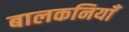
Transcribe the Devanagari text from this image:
बालकनियाँ